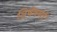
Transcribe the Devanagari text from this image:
विषेषणों